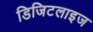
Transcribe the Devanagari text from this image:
डिजिटलाइज